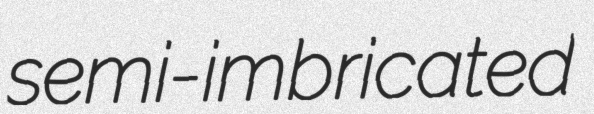
semi-imbricated